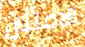
الامتنان